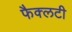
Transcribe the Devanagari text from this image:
फैक्‍लटी